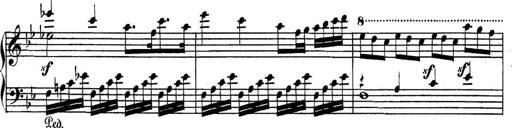
Title: Collected Piano Sonatas
Composer: Muzio Clementi